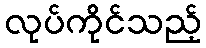
လုပ်ကိုင်သည့်